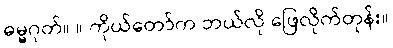
ဓမ္မဂုတ်။ ။ ကိုယ်တော်က ဘယ်လို ဖြေလိုက်တုန်း။